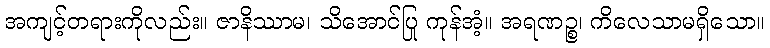
အကျင့်တရားကိုလည်း။ ဇာနိဿာမ၊ သိအောင်ပြု ကုန်အံ့။ အရဏဉ္စ၊ ကိလေသာမရှိသော။